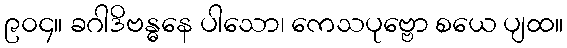
၉၀၄။ ခဂါဒိဗန္ဓနေ ပါသော၊ ကေသပုဗ္ဗော စယေ ပျထ။